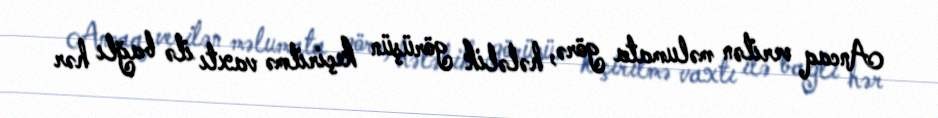
Ancaq verilən məlumata görə, hələlik görüşün keçirilmə vaxtı ilə bağlı hər